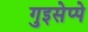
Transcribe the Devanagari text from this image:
गुइसेप्पे